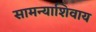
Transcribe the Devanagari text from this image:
सामन्याशिवाय